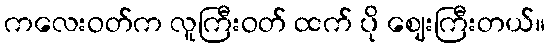
ကလေးဝတ်က လူကြီးဝတ် ထက် ပို ဈေးကြီးတယ်။